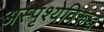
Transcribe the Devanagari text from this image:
अस्पृश्येविरूद्ध